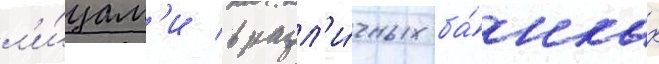
л'и́цам'и в разл'и́чных ба́нках